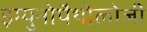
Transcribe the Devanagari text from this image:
इम्युनोपैथोलोजी